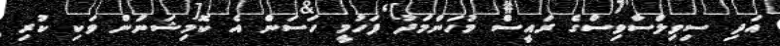
އަދި ސިވިލްސާވިސްގެ ރައީސް މުހަންމަދު ފަހުމީ ހަސަން އެ ކޮމިޝަނުން ވަކި ކުރި